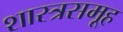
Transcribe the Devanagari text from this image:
शास्त्रसमूह